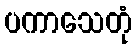
ပကာသေတုံ